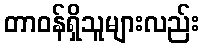
တာဝန်ရှိသူများလည်း